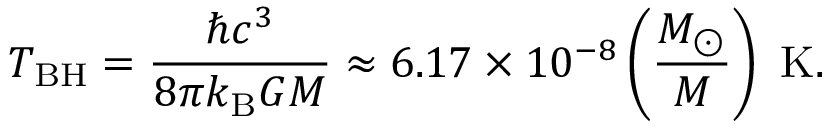
T _ { \mathrm { B H } } = \frac { \hbar c ^ { 3 } } { 8 \pi k _ { \mathrm { B } } G M } \approx 6 . 1 7 \times 1 0 ^ { - 8 } \left( \frac { M _ { \odot } } { M } \right) \ \mathrm { K } .